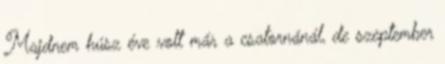
Majd­nem húsz éve volt már a csa­tor­ná­nál, de szep­tem­ber